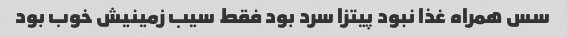
سس همراه غذا نبود پیتزا سرد بود فقط سیب زمینیش خوب بود